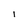
Character: l